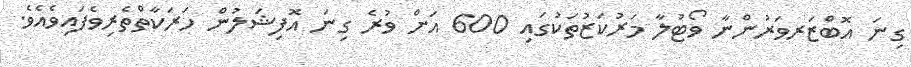
ގިނަ އޮބްޒަރވަރުންނާ ވޯޓުލާ މަރުކަޒުތަކުގައި 600 އަށް ވުރެ ގިނަ އޮފިޝަލުން ހަރަކާތްތެރިވެފައިވެއެވެ.